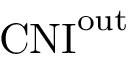
\mathrm { C N I } ^ { \mathrm { o u t } }